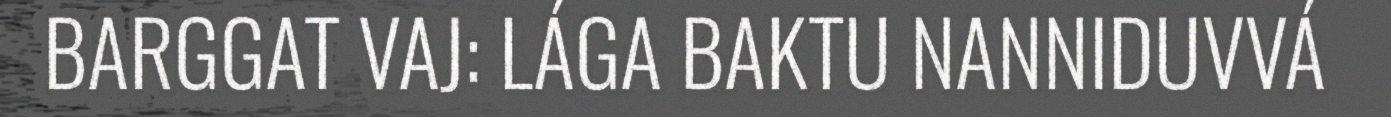
BARGGAT VAJ: LÁGA BAKTU NANNIDUVVÁ